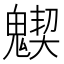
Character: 𩴅